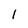
Character: 1